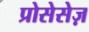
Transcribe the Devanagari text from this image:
प्रोसेसेज़